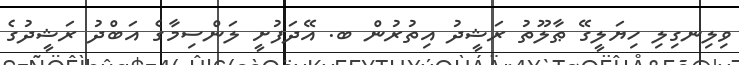
ވިލިނގިލި ހިޔަލީގޭ ޠާލޫތު ރަޝީދު އިތުރުން ބ. އޭދަފުށީ ލަންސިމާގެ އަބްދު ރަޝީދުގެ